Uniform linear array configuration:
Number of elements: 4
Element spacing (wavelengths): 0.5
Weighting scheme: cosine
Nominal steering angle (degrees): -30
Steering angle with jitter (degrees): -31.726
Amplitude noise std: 0.05
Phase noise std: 0.05

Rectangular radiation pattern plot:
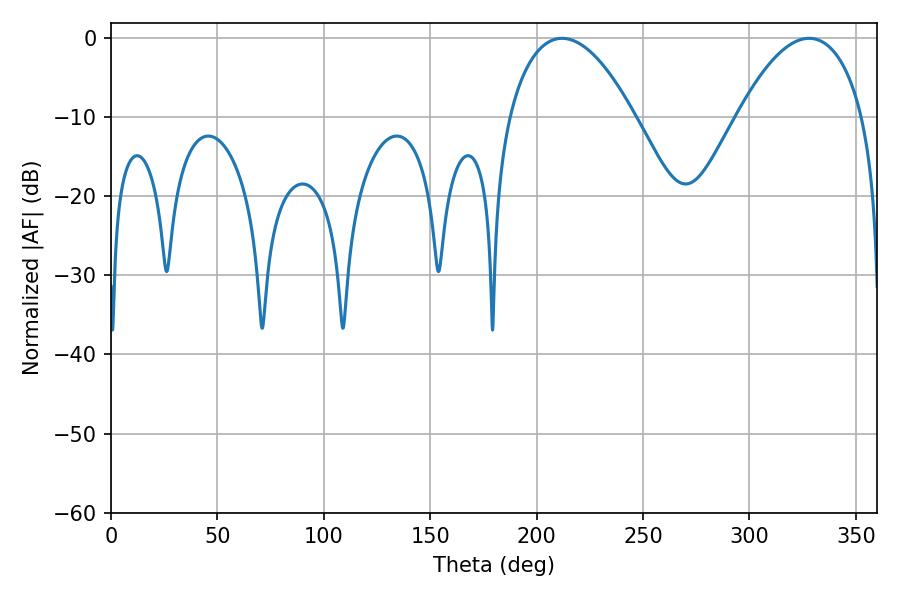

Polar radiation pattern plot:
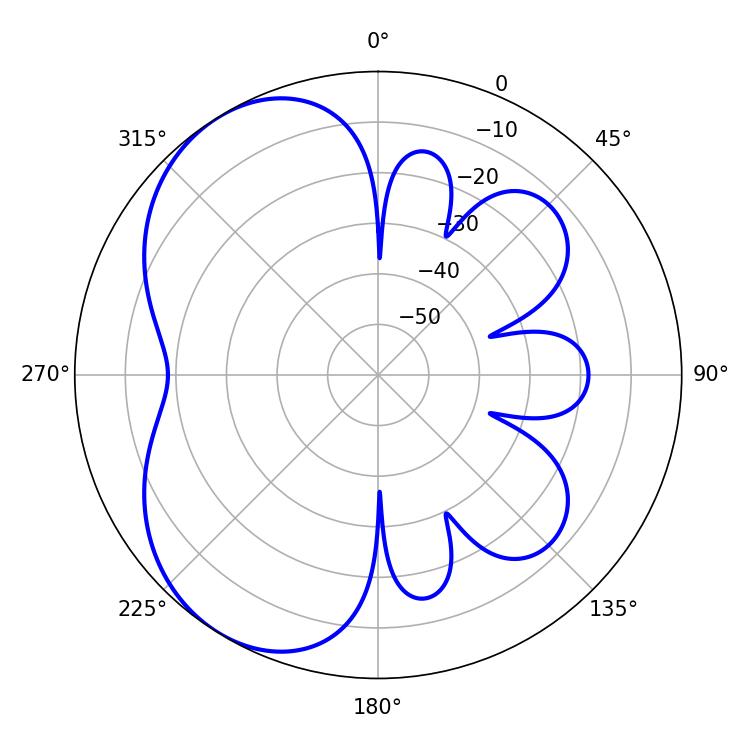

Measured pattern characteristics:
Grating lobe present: FALSE
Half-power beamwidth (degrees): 32.94
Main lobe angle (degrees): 211.86